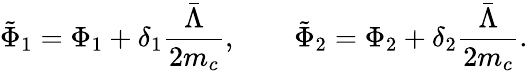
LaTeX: \tilde{\Phi}_{1}=\Phi_{1}+\delta_{1}\frac{\bar{\Lambda}}{2m_{c}},\qquad\tilde{\Phi}_{2}=\Phi_{2}+\delta_{2}\frac{\bar{\Lambda}}{2m_{c}}.